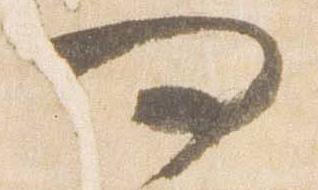
問